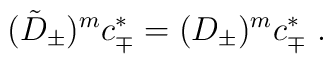
(\tilde D_\pm)^m c^*_\mp=(D_\pm)^m c^*_\mp\ .